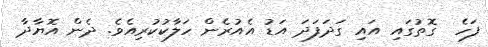
ފަހެ  ގޮތުގައި އައި ގަދަފަދަ އަޑު އެއުރެން ހަލާކުކުރިއެވެ. ދެން އޮޔާދާ